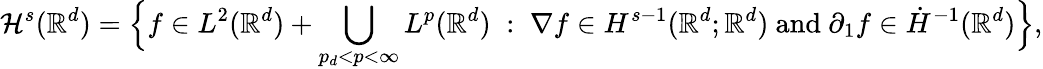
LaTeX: \mathcal{H}^{s}(\mathbb{R}^{d})=\Big\{ {f\in L^{2}(\mathbb{R}^{d})+\bigcup_{p_{d}<p<\infty}L^{p}(\mathbb{R}^{d})\; :\; \nabla f\in H^{s-1}(\mathbb{R}^{d};\mathbb{R}^{d})\mathrm{~and~}\partial_{1}f\in\dot{H}^{-1}(\mathbb{R}^{d})}\Big\} ,